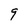
Character: 9